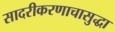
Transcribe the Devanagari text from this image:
सादरीकरणाचासुद्धा